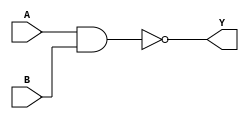
module nandg(A, B, Y); 
input A, B; 
output Y; 
assign Y = ~(A & B); 
endmodule